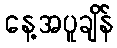
နေ့အပူချိန်